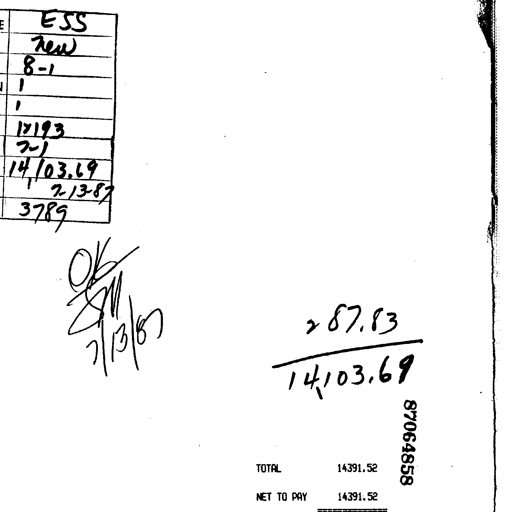
ESS
new
8-1
1
1
17193
7-1
14,103.69
7/13/87
3789
OK
SM
7/13/87
287.83
14,103.69
87064858
TOTAL 14391.52
NET TO PAY 14391.52